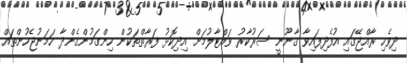
ދިވެހި ރާއްޖޭގައި އުފެދިފައިވާ ޤާނޫނީ ސަރުކާރު ވައްޓާލުމަށް އިދިކޮޅު ފަރާތްތަކުން ހިންގަމުންގެންދާ ހަމަނުޖެހުންތައް